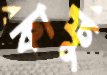
কাফু